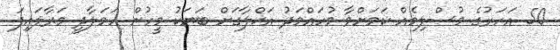
50 އަހަރުގެ މުސްލިމެއް ކަމަށްވާ މުހައްމަދު އަޚްލާގަށް ބަޔަކު މީހުން ހަމަލާދީ މަރާލައިފަ